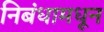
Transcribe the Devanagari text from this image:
निबंधामधून